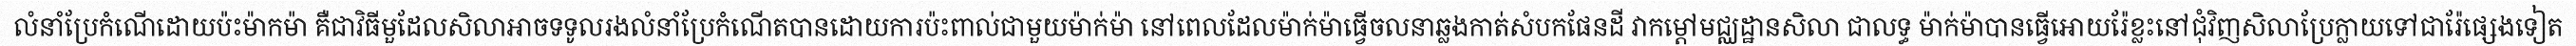
លំនាំប្រែកំណើដោយប៉ះម៉ាកម៉ា គឺជាវិធីមួដែលសិលាអាចទទូលរងលំនាំប្រែកំណើតបានដោយការប៉ះពាល់ជាមួយម៉ាក់ម៉ា នៅពេលដែលម៉ាក់ម៉ាធ្វើចលនាឆ្លងកាត់សំបកផែនដី វាកម្តៅមជ្ឈដ្ឋានសិលា ជាលទ្ធ ម៉ាក់ម៉ាបានធ្វើអោយរ៉ែខ្លះនៅជុំវិញសិលាប្រែក្លាយទៅជារ៉ែផ្សេងទៀត